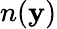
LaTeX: n(\mathbf{y})